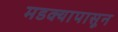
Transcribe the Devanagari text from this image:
मडक्यापासून